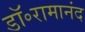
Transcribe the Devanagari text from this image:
डॉ॰रामानंद